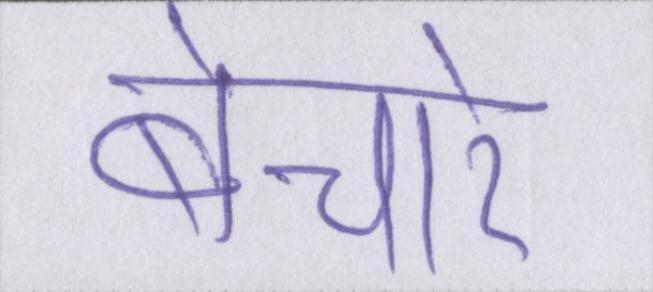
बेचारे